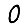
Digit: 0